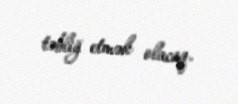
təbliğ etmək olacaq.